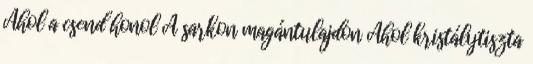
Ahol a csend honol A sarkon magántulajdon Ahol kristálytiszta